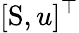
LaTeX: [\mathrm{S},u]^{\top}